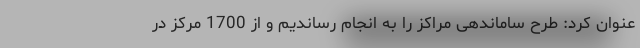
عنوان کرد: طرح ساماندهی مراکز را به انجام رساندیم و از 1700 مرکز در